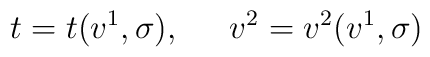
t=t(v^1,\sigma ),\ \;\;\;\;v^2=v^2(v^1,\sigma )